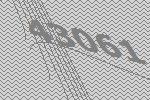
43061